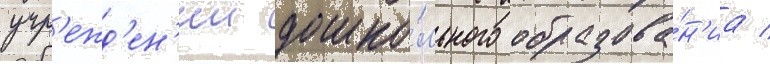
учр'ежд'ен'ии дошко́льного образова́н'иа /